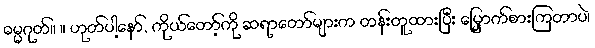
ဓမ္မဂုတ်။ ။ ဟုတ်ပါ့နော်, ကိုယ်တော့်ကို ဆရာတော်များက တန်းတူထားပြီး မြှောက်စားကြတာပဲ၊